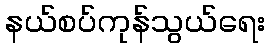
နယ်စပ်ကုန်သွယ်ရေး